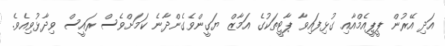
އަދި އޭރުން ޕީޕީއެމްއާއި ގުޅިފައިވާ ޕާޓީތަކުގެ އަމާޒް ޔަގީންވެގެންދާނެ ކަމަށްވެސް ރައީސް ވިދާޅުވިއެވެ.